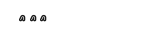
١٦٢